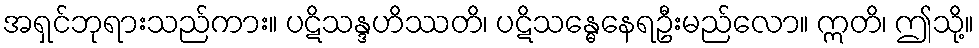
အရှင်ဘုရားသည်ကား။ ပဋိသန္ဒဟိဿတိ၊ ပဋိသန္ဓေနေရဦးမည်လော။ ဣတိ၊ ဤသို့။